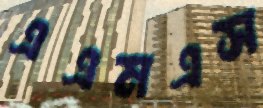
এএমএস